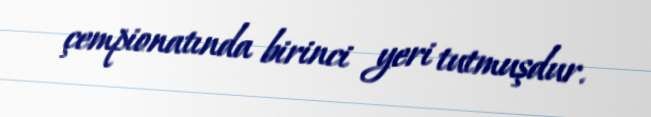
çempionatında birinci yeri tutmuşdur.